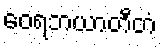
ဝေရဘယာတီတံ